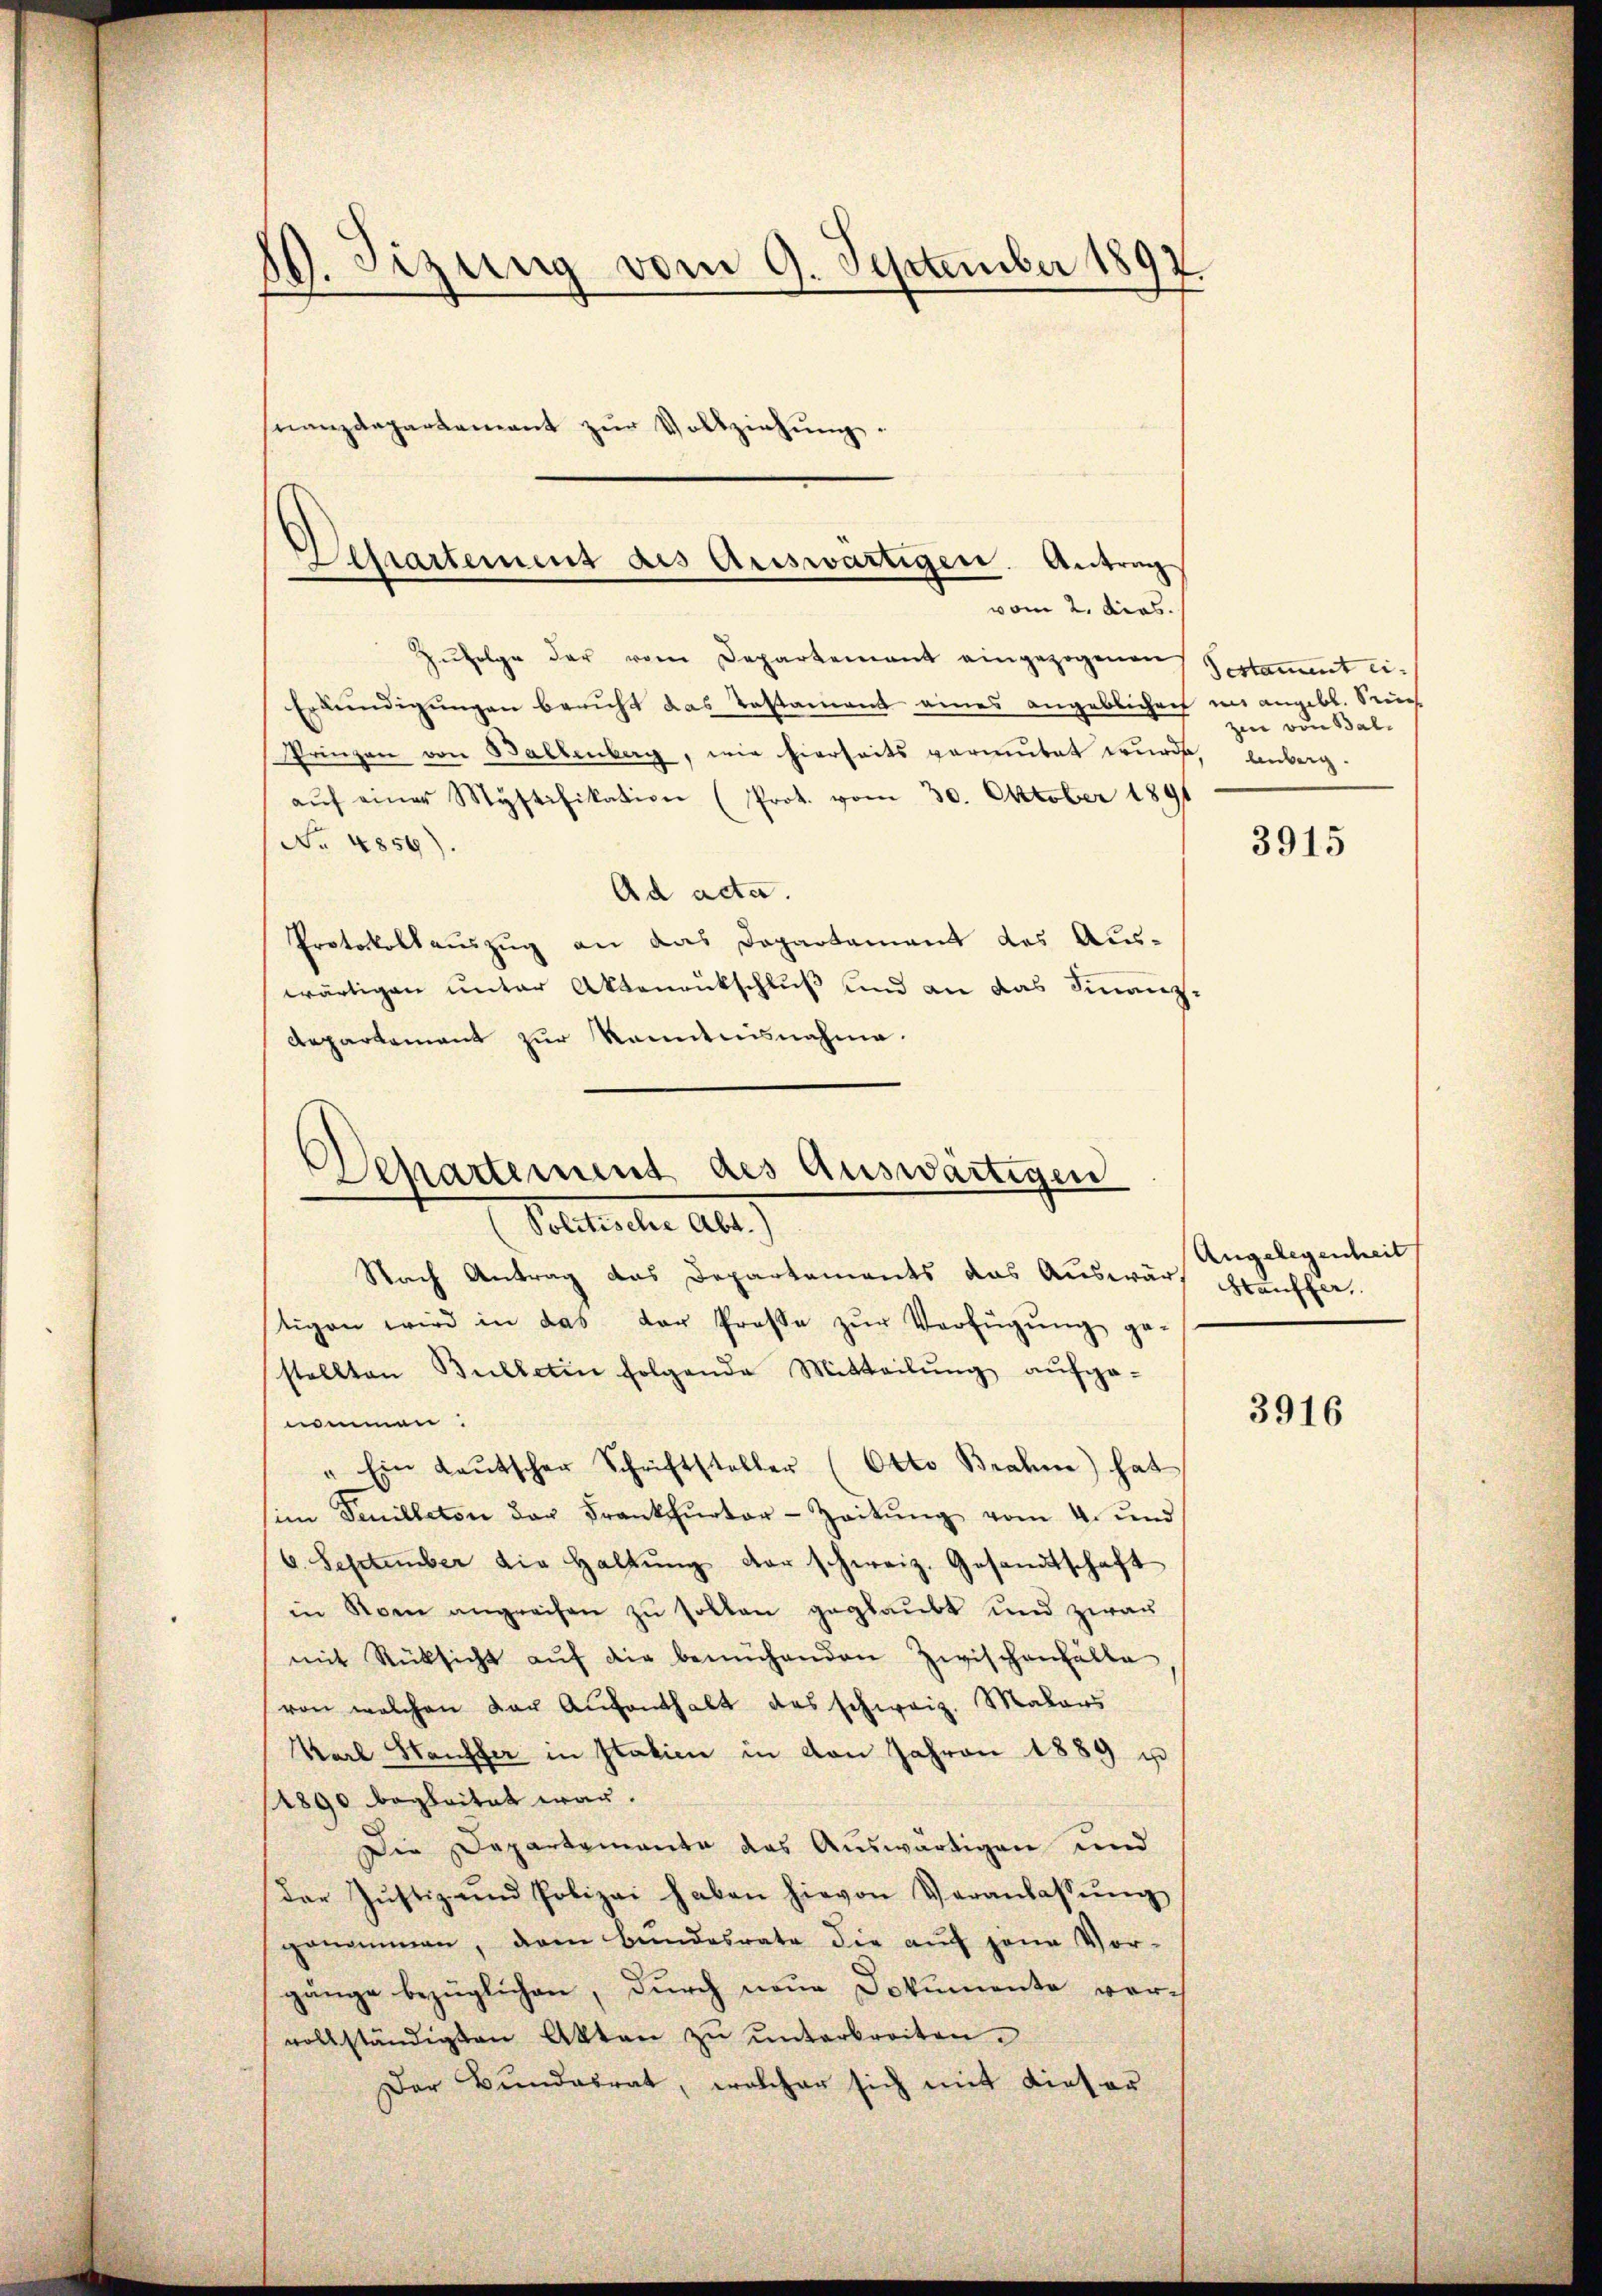
10. Sizung vom 9. September 1892
nanzdepartement zur Vollziehung.

Zufolge der vom Departement eingezogenen Gestament ei¬
Erkundigungen beruht das Testament eines angeblichen mangebt. Sich
Prinzen von Ballenberg, wie hierseits vermutet wurde, anberg-
aŭf einer Mystifikation (Prot. vom 30. Oktober 1891
No 4856).
Ad acta.
Protocollauszug an das Departament des Auswärtigen unter Aktenrückschluß und an das Finanz¬
Repartamant zur Kenntnisnahme.
Nach Antrag das Departements das Auswärt Haushartigen wird in das der Prose zŭr Verfügŭng ge-
stellten Bulletin folgende Mitteilŭng aŭfge-
nommen.
"Ein Leŭtscher Schriftsteller (Otto Brahne) hat
im Senilleton der Frankfurter-Zeitŭng vom 4. und
6. September die Haltŭng der schweiz. Gesandtschaft
in Rom angreifen zŭ sollen geglaubt und zwar
mit Rücksicht aŭf die bemühenden Zwischenfälle
von welchen der Aufenthalt das schweiz. Malers
Karl Stauffer in Italien in von Jahren 1889 u
/1890 begleitet war.
Die Departamante das Auswärtigen und
der Justiz- und Polizei haben hievon Veranlassung
genommen, dem Bundesrate die auf jene Vor-
gänge bezüglichen, durch neue Dokumente vorvollständigten Akten zŭ ŭnterbreiten.
Der Bŭndesrat, welcher sich mit dieser

Separtement des Auswärtigen. Antrag
vom 2. dios.

Departement des Auswärtigen
Petenten all

zi von Bal¬

3915

Angelegenheit

3916